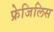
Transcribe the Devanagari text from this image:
फ्रेजिलिस